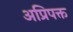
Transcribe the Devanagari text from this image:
अप्रिपक्त